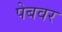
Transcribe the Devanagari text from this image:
पेबवर